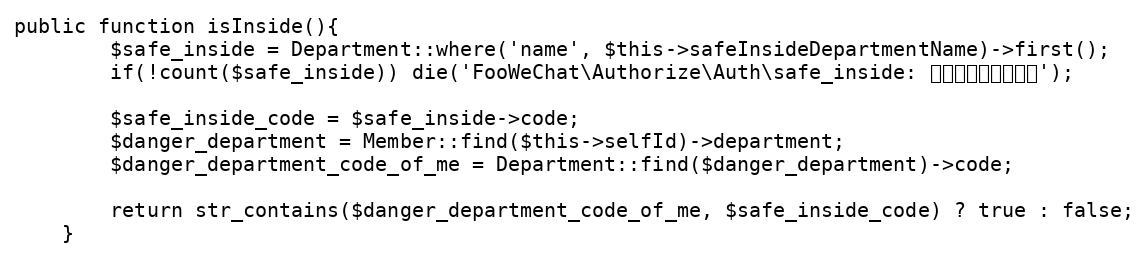
Language: PHP
public function isInside(){
		$safe_inside = Department::where('name', $this->safeInsideDepartmentName)->first();
		if(!count($safe_inside)) die('FooWeChat\Authorize\Auth\safe_inside: 内部单位名设置错误');

		$safe_inside_code = $safe_inside->code;
		$danger_department = Member::find($this->selfId)->department;
		$danger_department_code_of_me = Department::find($danger_department)->code;

		return str_contains($danger_department_code_of_me, $safe_inside_code) ? true : false;
	}